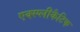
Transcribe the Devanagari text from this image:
एक्स्प्लीकैटिफ